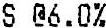
S @6.0%